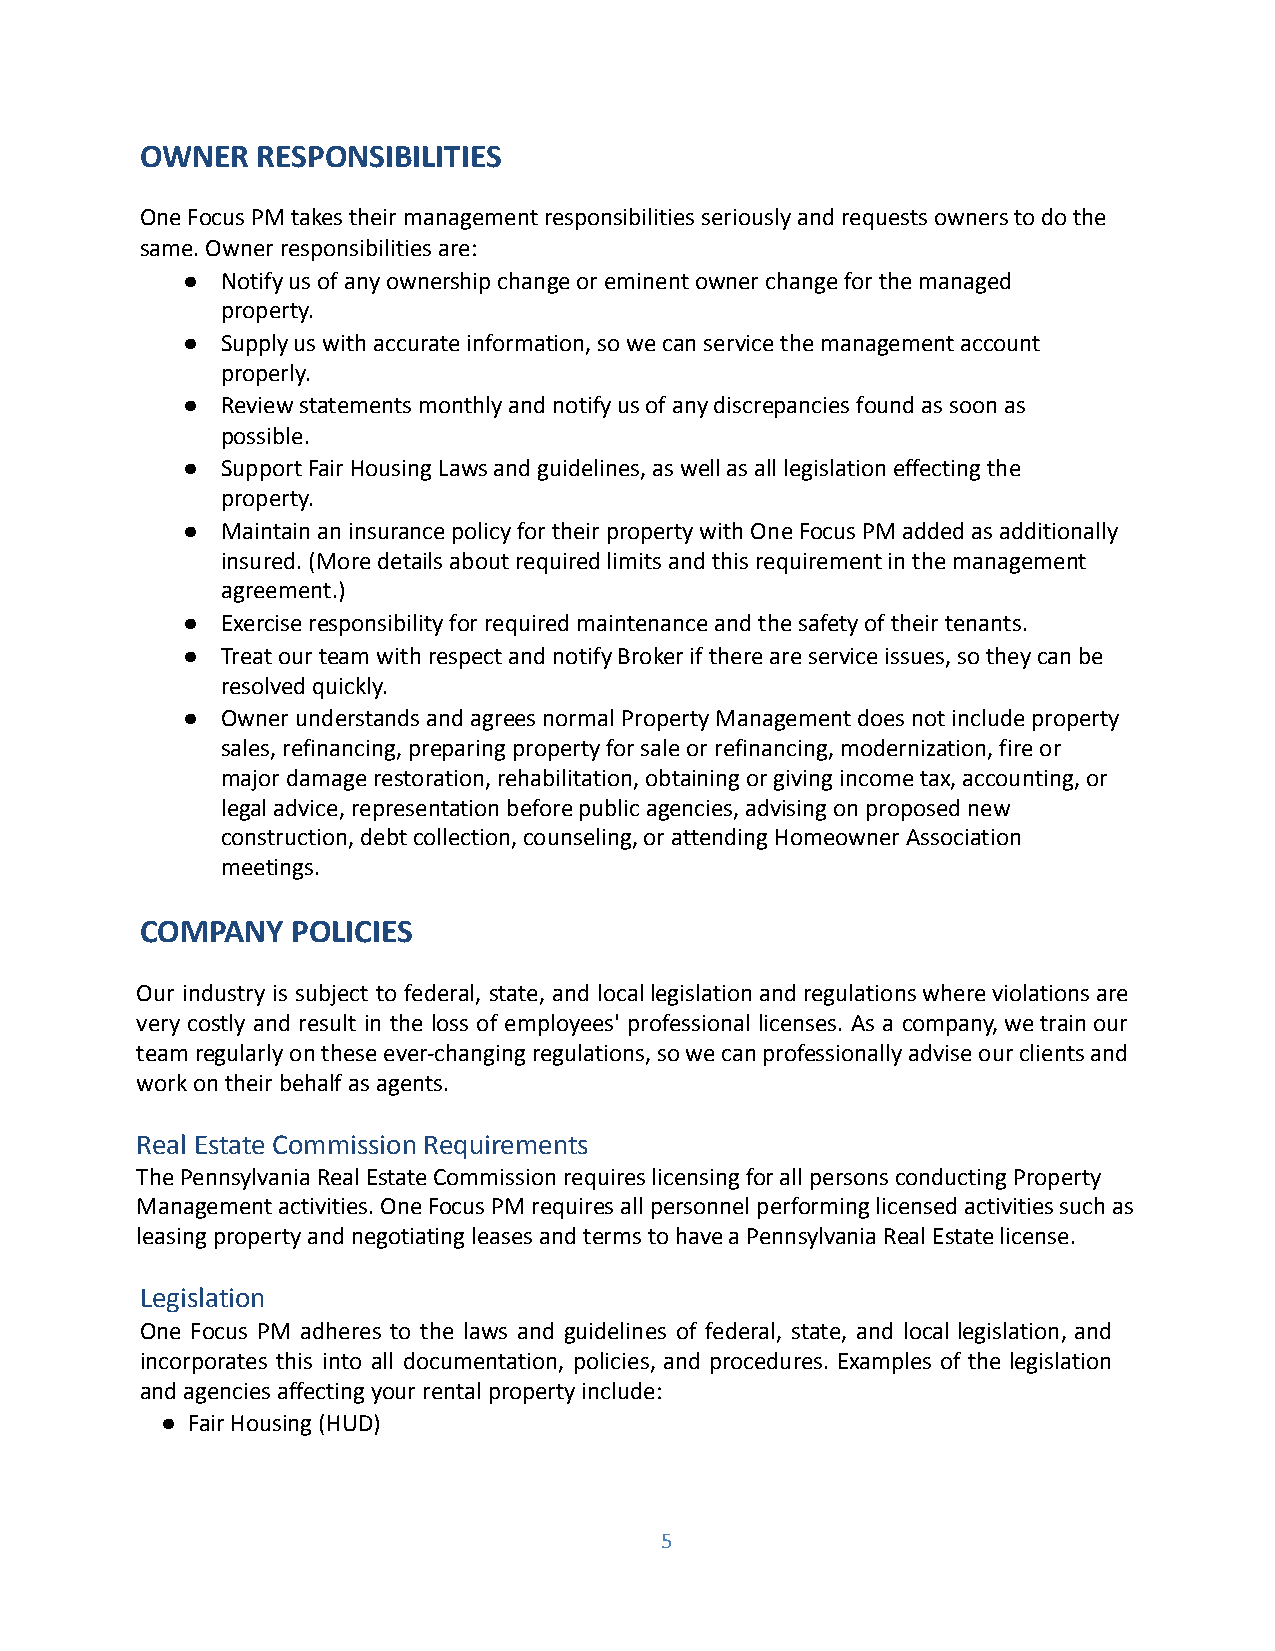
OWNER   RESPONSIBILITIES
 One Focus PM takes their management responsibilities seriously and requests owners to do the
 same. Owner responsibilities are:
 ●  Notify us of any ownership change or eminent owner change for the managed
 property.
 ●  Supply us with accurate information, so we can service the management account
 properly.
 ●  Review statements monthly and notify us of any discrepancies found as soon as
 possible.
 ●  Support Fair Housing Laws and guidelines, as well as all legislation effecting the
 property.
 ●  Maintain an insurance policy for their property with One Focus PM added as additionally
 insured. (More details about required limits and this requirement in the management
 agreement.)
 ●  Exercise responsibility for required maintenance and the safety of their tenants.
 ●  Treat our team with respect and notify Broker if there are service issues, so they can be
 resolved quickly.
 ●  Owner understands and agrees normal Property Management does not include property
 sales, refinancing, preparing property for sale or refinancing, modernization, fire or
 major damage restoration, rehabilitation, obtaining or giving income tax, accounting, or
 legal advice, representation before public agencies, advising on proposed new
 construction, debt collection, counseling, or attending Homeowner Association
 meetings.
 COMPANY   POLICIES
 Our industry is subject to federal, state, and locallegislationandregulationswhereviolationsare
 very costly and result in the loss of employees' professional licenses. As a company,wetrainour
 teamregularlyontheseever-changingregulations,sowecanprofessionallyadviseourclientsand
 work on their behalf as agents.
 Real Estate Commission Requirements
 The Pennsylvania Real Estate Commission requires licensing for all persons conducting Property
 Management activities. One Focus PM requires all personnel performing licensed activities such as
 leasing property and negotiating leases and terms to have a Pennsylvania Real Estate license.
 Legislation
 One Focus PM adheres to the laws and guidelines of federal, state, and local legislation, and
 incorporates this into all documentation, policies, and procedures. Examples of the legislation
 and agencies affecting your rental property include:
 ● Fair Housing (HUD)
 5